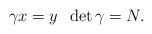
LaTeX: \begin{align*} \gamma x = y \; \; \det \gamma = N.\end{align*}